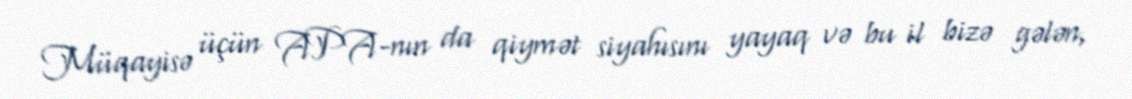
Müqayisə üçün APA-nın da qiymət siyahısını yayaq və bu il bizə gələn,